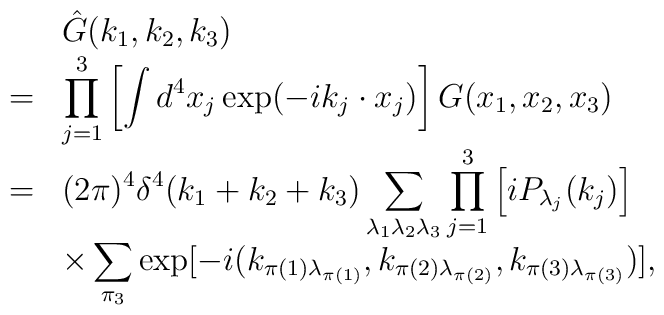
\begin{array}{rl}&\hat{G}(k_1,k_2,k_3)\\ =&\displaystyle\prod_{j=1}^3\left[\int d^4x_j\exp(-ik_j\cdot x_j)\right]G(x_1,x_2,x_3)\\=&\displaystyle (2\pi)^4\delta^4(k_1+k_2+k_3)\sum_{\lambda_1\lambda_2\lambda_3}\prod_{j=1}^3\left[iP_{\lambda_j}(k_j)\right]\\&\displaystyle\times\sum_{\pi_3}\exp[-i(k_{\pi(1)\lambda_{\pi(1)}},k_{\pi(2)\lambda_{\pi(2)}},k_{\pi(3)\lambda_{\pi(3)}})], \end{array}